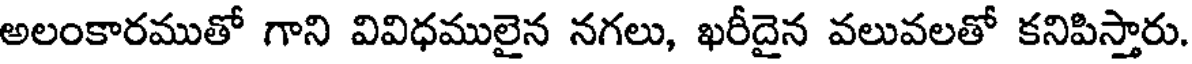
అలంకారముతో గాని వివిధములైన నగలు, ఖరీదైన వలువలతో కనిపిస్తారు.